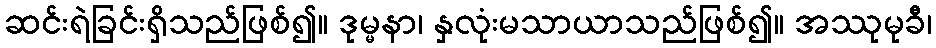
ဆင်းရဲခြင်းရှိသည်ဖြစ်၍။ ဒုမ္မနာ၊ နှလုံးမသာယာသည်ဖြစ်၍။ အဿုမုခီ၊